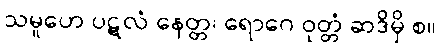
သမူဟေ ပဋလံ နေတ္တ၊ ရောဂေ ဝုတ္တံ ဆဒိမှိ စ။